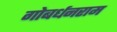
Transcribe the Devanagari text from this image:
गोबर्धनराम